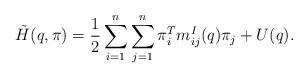
LaTeX: \begin{align*}\tilde H(q,\pi)= \frac{1}{2} \sum_{i=1}^n \sum_{j=1}^n \pi_i^T m^I_{ij}(q) \pi_j + U(q). \end{align*}